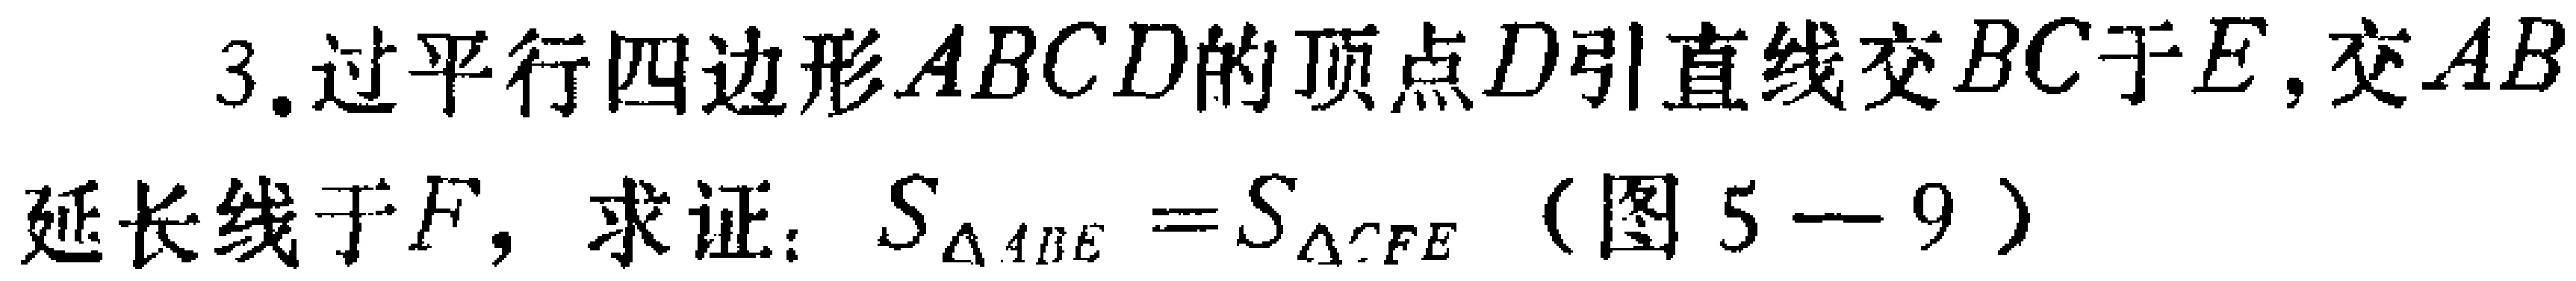
3.过平行四边形\(ABCD\)的顶点\(D\)引直线交\(BC\)于\(E\)，交\(AB\)延长线于\(F\)，求证：\(S_{\triangle ABE}=S_{\triangle CFE}\)（图5 - 9）